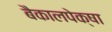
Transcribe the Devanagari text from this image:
बैकालपेक्षा